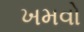
ખમવો